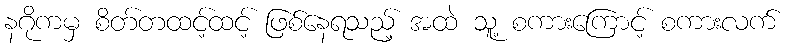
နဂိုကမှ စိတ်တထင့်ထင့် ဖြစ်နေရသည့် အထဲ သူ့ စကားကြောင့် စကားလက်